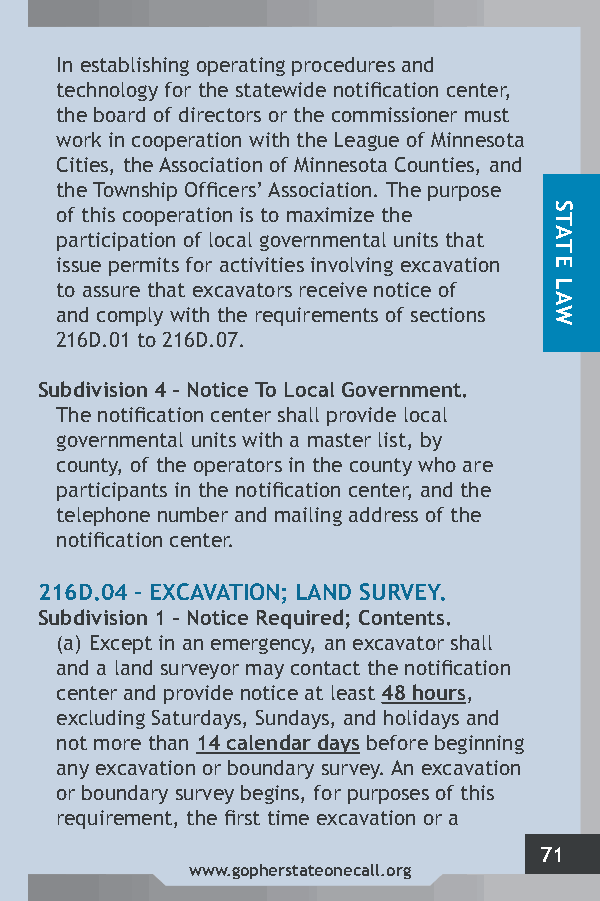
In establishing operating procedures and
 technology for the statewide notification center,
 the board of directors or the commissioner must
 work in cooperation with the League of Minnesota
 Cities, the Association of Minnesota Counties, and
 the Township Officers’ Association. The purpose
 of this cooperation is to maximize the
 participation of local governmental units that
 issue permits for activities involving excavation
 to assure that excavators receive notice of
 and comply with the requirements of sections
 216D.01 to 216D.07.
 Subdivision 4 – Notice To Local Government.
 The notification center shall provide local
 governmental units with a master list, by
 county, of the operators in the county who are
 participants in the notification center, and the
 telephone number and mailing address of the
 notification center.
 216D.04 – EXCAVATION; LAND SURVEY.
 Subdivision 1 – Notice Required; Contents.
 (a) Except in an emergency, an excavator shall
 and a land surveyor may contact the notification
 center and provide notice at least 48 hours,
 excluding Saturdays, Sundays, and holidays and
 not more than 14 calendar days before beginning
 any excavation or boundary survey. An excavation
 or boundary survey begins, for purposes of this
 requirement, the first time excavation or a
 71
 www.gopherstateonecall.org
 STATE
 LAW